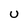
Character: U